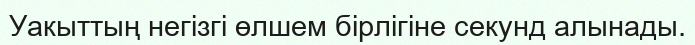
Уакыттың негізгі өлшем бірлігіне секунд алынады.